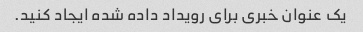
یک عنوان خبری برای رویداد داده شده ایجاد کنید.